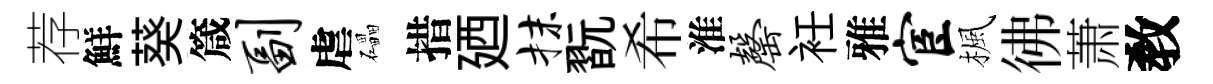
荐鮮葵箴副虐礧措廼抹翫希淮罄衽雅宦楓彿萧敎